Annual administration report of the Civil Veterinary Department, Ajmere-Merwara, British Rajputana - 1914-1940
Year: 1914
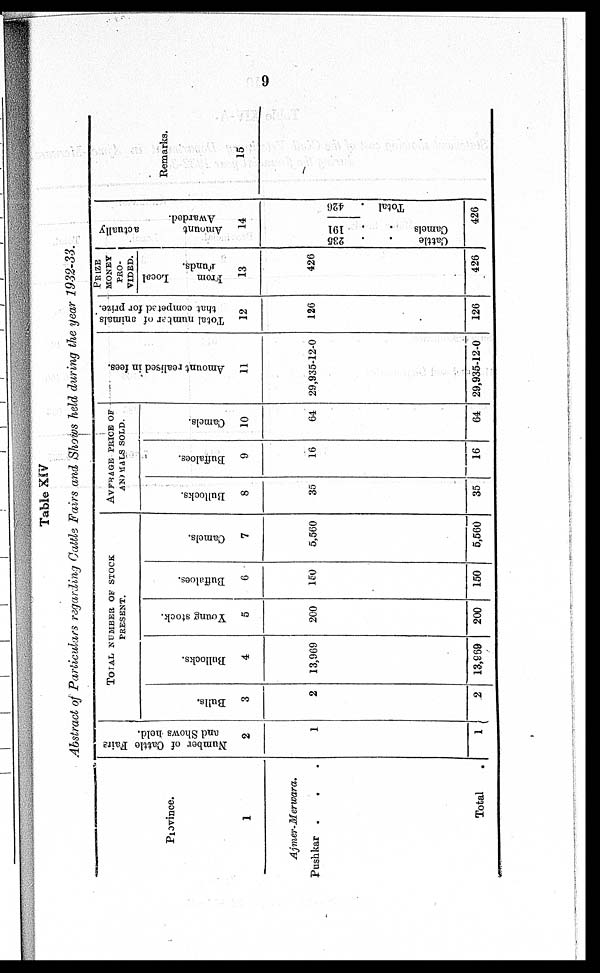
9
Table XIV
Abstract of Particulars regarding Cattle Fairs and Shows held during the year 1932-33.
Province.
1
Ajmer-Merwara.
Pushkar . . .
Total .
Number of Cattle
Fairs
and Shows hold.
2
1
1
TOTAL NUMBER OF STOCK
PRESENT.
Bulls.
3
2
2
Bullocks.
4
13,969
13,969
Young stock.
5
200
200
Buffaloes.
6
150
150
Camels.
7
5,560
5,560
AVERAGE PRICE OF
ANIMALS SOLD.
Bullocks.
8
35
35
Buffaloes.
9
16
16
Camels.
10
64
64
Amount realised in fees.
11
29,935-12-0
29,935-12-0
Total number of animals
that competed
for prize.
12
126
126
PRIZE
MONEY
PRO-
VIDED.
From
Local
Funds.
13
426
426
Amo u n t actually
Awa r
de d.
14
235
..
Cat t l e
191
..
Ca me l
s
426
Tot al .
426
Remarks.
15